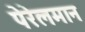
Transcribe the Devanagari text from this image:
पेरेलमान